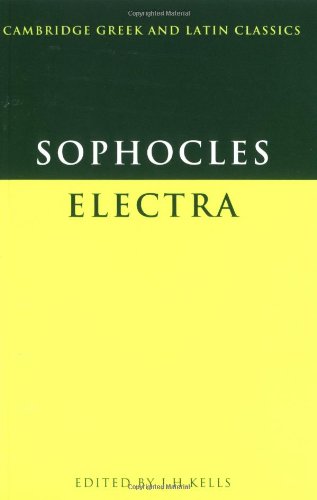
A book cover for Sophocles: Electra (Cambridge Greek and Latin Classics); Sophocles; Literature & Fiction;